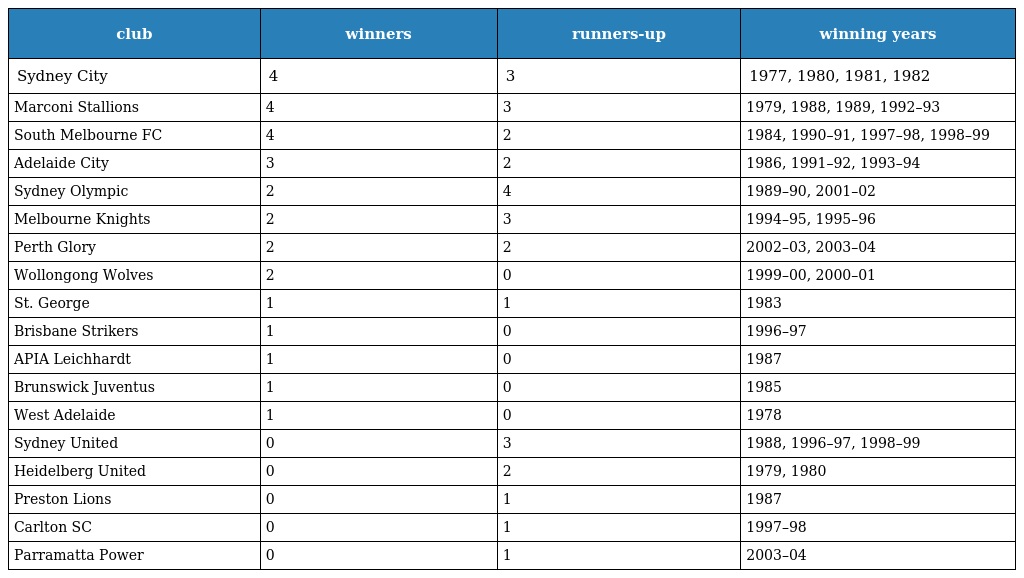
| club | winners | runners-up | winning years |
 | --- | --- | --- | --- |
 | Sydney City | 4 | 3 | 1977, 1980, 1981, 1982 |
 | Marconi Stallions | 4 | 3 | 1979, 1988, 1989, 1992–93 |
 | South Melbourne FC | 4 | 2 | 1984, 1990–91, 1997–98, 1998–99 |
 | Adelaide City | 3 | 2 | 1986, 1991–92, 1993–94 |
 | Sydney Olympic | 2 | 4 | 1989–90, 2001–02 |
 | Melbourne Knights | 2 | 3 | 1994–95, 1995–96 |
 | Perth Glory | 2 | 2 | 2002–03, 2003–04 |
 | Wollongong Wolves | 2 | 0 | 1999–00, 2000–01 |
 | St. George | 1 | 1 | 1983 |
 | Brisbane Strikers | 1 | 0 | 1996–97 |
 | APIA Leichhardt | 1 | 0 | 1987 |
 | Brunswick Juventus | 1 | 0 | 1985 |
 | West Adelaide | 1 | 0 | 1978 |
 | Sydney United | 0 | 3 | 1988, 1996–97, 1998–99 |
 | Heidelberg United | 0 | 2 | 1979, 1980 |
 | Preston Lions | 0 | 1 | 1987 |
 | Carlton SC | 0 | 1 | 1997–98 |
 | Parramatta Power | 0 | 1 | 2003–04 |